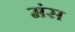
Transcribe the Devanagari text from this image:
मंस